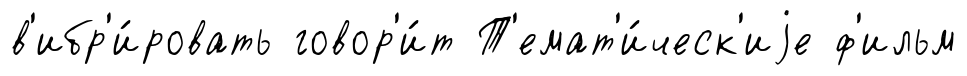
в'ибр'и́ровать говор'и́т Т'емат'и́ческ'иjе ф'ильм